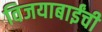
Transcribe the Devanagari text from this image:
विजयाबाईंची